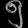
Digit: ၅